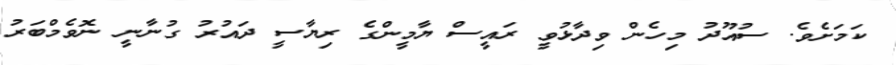
ކަމަށެވެ. ސުއޫދު މިހެން ވިދާޅުވީ ރައީސް ޔާމީންގެ ރިޔާސީ ދައުުރު ގުނާނީ ނޮވެމްބަރު